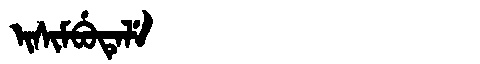
Manchu: ᡳᠰᡳᠮᠪᡠᡨᡝᠯᡝ
Romanization: ISIMBUTELE